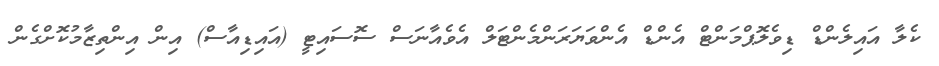
ކެލާ އައިލެންޑް ޑިވެލޮޕްމަންޓް އެންޑް އެންވަޔަރަންމެންޓަލް އެވެއާނަސް ސޮސައިޓީ (އައިޑިއާސް) އިން އިންތިޒާމުކޮށްގެން